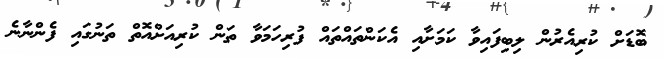
ބޮޑަށް ކުރިއެރުން ލިބިފައިވާ ކަމަށާއި އެކަންތައްތައް ފުރިހަމަވާ ތަން ކުރިއަށްއޮތް ތަނުގައި ފެންނާނެ